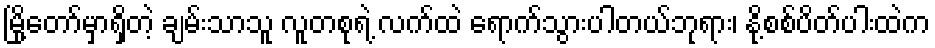
မြို့တော်မှာရှိတဲ့ ချမ်းသာသူ လူတစုရဲ့ လက်ထဲ ရောက်သွားပါတယ်ဘုရား၊ နို့စစ်ပိတ်ပါးထဲက